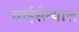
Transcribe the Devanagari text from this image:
वाईसेन्थाल